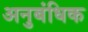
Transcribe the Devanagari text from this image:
अनुबंधिक